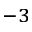
^ { - 3 }